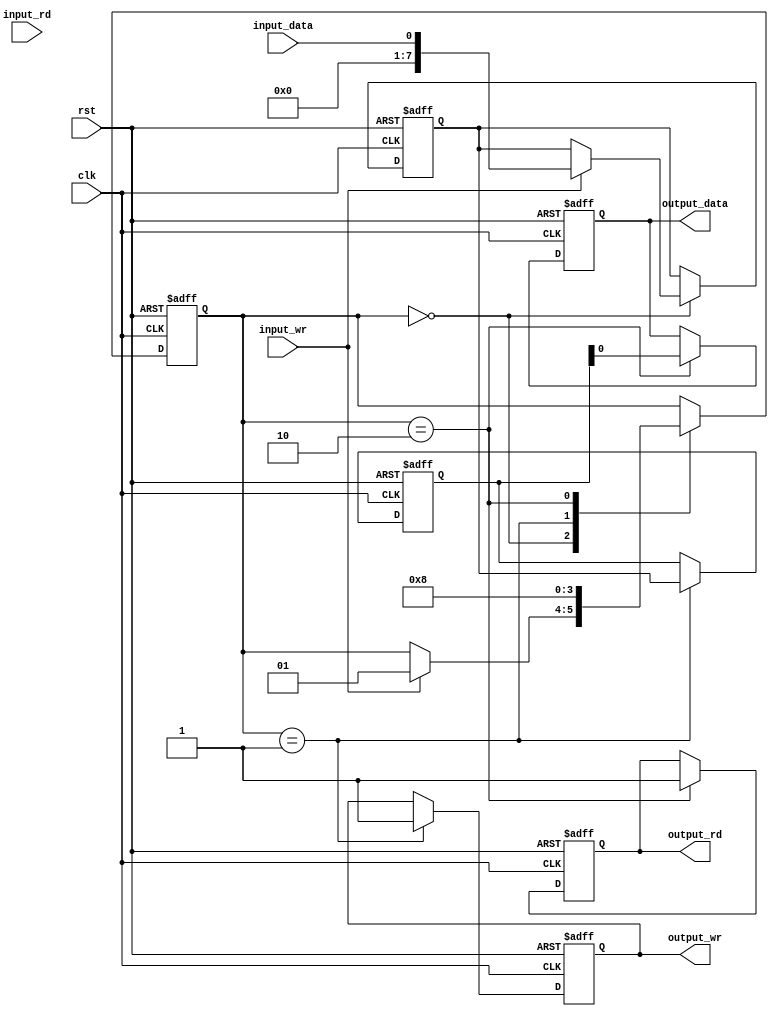
module timing_control_sync (
    input wire clk,
    input wire rst,
    input wire input_data,
    input wire input_wr,
    input wire input_rd,
    output reg output_data,
    output reg output_rd,
    output reg output_wr
);

reg [7:0] buffer;
reg [7:0] sync_data;
reg [1:0] state;

always @(posedge clk or posedge rst) begin
    if (rst) begin
        state <= 2'b00;
        buffer <= 8'b0;
        sync_data <= 8'b0;
        output_data <= 8'b0;
        output_rd <= 1'b0;
        output_wr <= 1'b0;
    end else begin
        case (state)
            2'b00: begin // Idle state
                if (input_wr) begin
                    buffer <= input_data;
                    state <= 2'b01;
                end
            end
            2'b01: begin // Writing state
                // Handle any potential data loss or corruption here
                state <= 2'b10;
                output_wr <= 1'b1;
                sync_data <= buffer;
            end
            2'b10: begin // Synchronizing state
                output_data <= sync_data;
                output_rd <= 1'b1;
                state <= 2'b00;
            end
        endcase
    end
end

endmodule